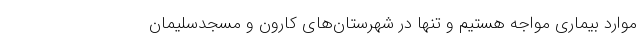
موارد بیماری مواجه هستیم و تنها در شهرستان‌های کارون و مسجدسلیمان